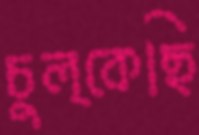
চুল্‌কেছি